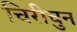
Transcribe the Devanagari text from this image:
चिरीचुन